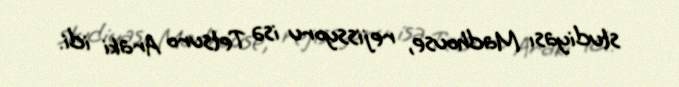
studiyası Madhouse, rejissyoru isə Tetsuro Araki idi.